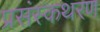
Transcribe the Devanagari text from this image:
प्रसंस्कथरण